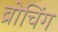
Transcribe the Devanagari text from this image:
ब्रोचिंग